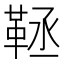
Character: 𩊨